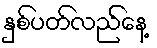
နှစ်ပတ်လည်နေ့